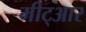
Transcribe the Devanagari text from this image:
मीट्आर